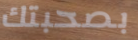
بصحبتك